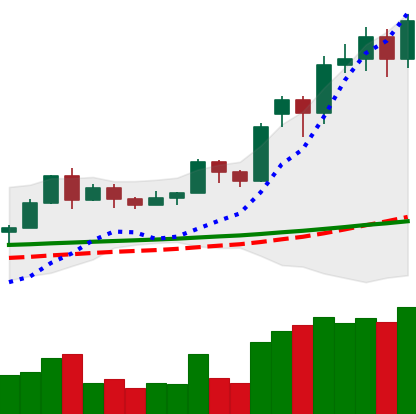
Ticker: LTC-USD
Chart end date: 2020-11-23
Forward return: -18.359%
Label: down_7plus